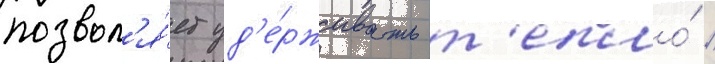
позвол'я́ет уд'е́рживать т'епло́ /